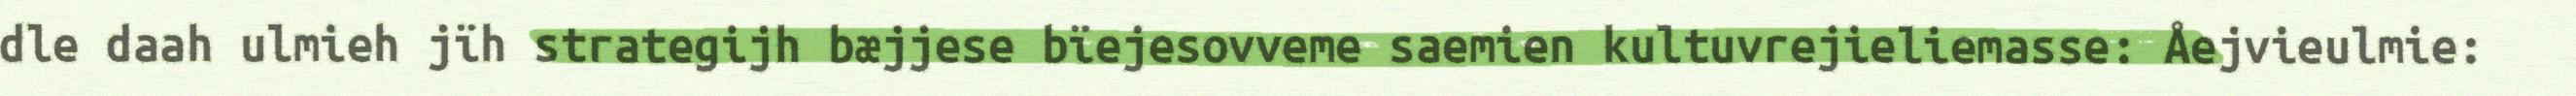
dle daah ulmieh jïh strategijh bæjjese bïejesovveme saemien kultuvrejieliemasse: Åejvieulmie: